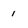
Character: 1